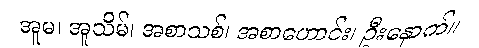
အူမ၊ အူသိမ်၊ အစာသစ်၊ အစာဟောင်း၊ ဦးနှောက်။